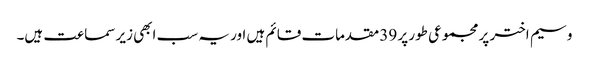
وسیم اختر پر مجموعی طور پر 39 مقدمات قائم ہیں اور یہ سب ابھی زیر سماعت ہیں۔